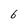
Character: 6